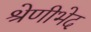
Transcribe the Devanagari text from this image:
श्रेणीभेद